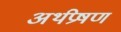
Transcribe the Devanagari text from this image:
अर्थप्रेषण